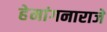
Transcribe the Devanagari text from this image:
हेमांगनाराजे